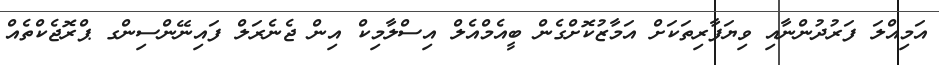
އަމިއްލަ ފަރުދުންނާއި ވިޔަފާރިތަކަށް އަމާޒުކޮށްގެން ބީއެމްއެލް އިސްލާމިކް އިން ޖެނެރަލް ފައިނޭންސިންގ ޕްރޮޖެކްތެއް